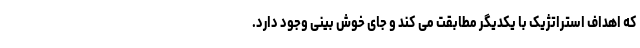
که اهداف استراتژیک با یکدیگر مطابقت می کند و جای خوش بینی وجود دارد.